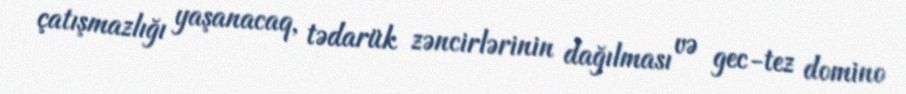
çatışmazlığı yaşanacaq, tədarük zəncirlərinin dağılması və gec-tez domino